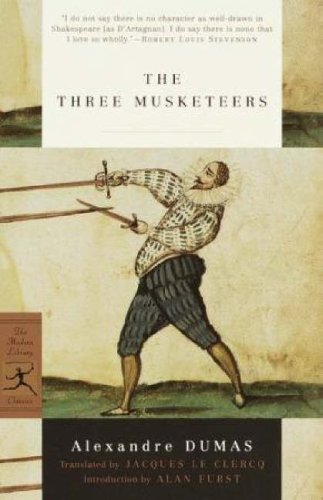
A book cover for The Three Musketeers (Modern Library Classics); Alexandre Dumas pere; Literature & Fiction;